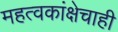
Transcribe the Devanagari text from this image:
महत्वकांक्षेचाही